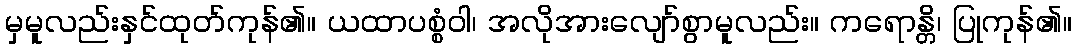
မှမူလည်းနှင်ထုတ်ကုန်၏။ ယထာပစ္စံဝါ၊ အလိုအားလျော်စွာမူလည်း။ ကရောန္တိ၊ ပြုကုန်၏။